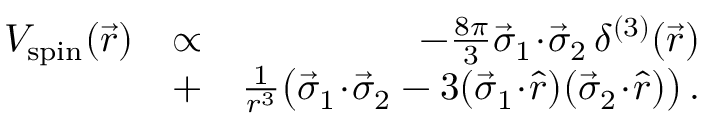
\begin{array} { r l r } { V _ { \mathrm { s p i n } } ( \vec { r } ) } & { \propto } & { - \frac { 8 \pi } { 3 } \vec { \sigma } _ { 1 } \! \cdot \! \vec { \sigma } _ { 2 } \, \delta ^ { ( 3 ) } ( \vec { r } ) } \\ & { + } & { { \frac { 1 } { r ^ { 3 } } } \big ( \vec { \sigma } _ { 1 } \! \cdot \! \vec { \sigma } _ { 2 } - 3 ( \vec { \sigma } _ { 1 } \! \cdot \! \hat { r } ) ( \vec { \sigma } _ { 2 } \! \cdot \! \hat { r } ) \big ) \, . } \end{array}